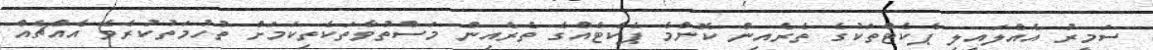
ސަމީރު އެއްލައިލި ޕެކެޓްތަކުގެ ތެރެއިން ކޮންމެ ޕެކެޓެއްގެ ތެރެއިން މަސްތުވާތަކެތިކަމަށް ތުހުމަތުކުރެވޭ އެއްޗެއް